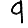
Digit: 9